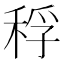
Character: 稃